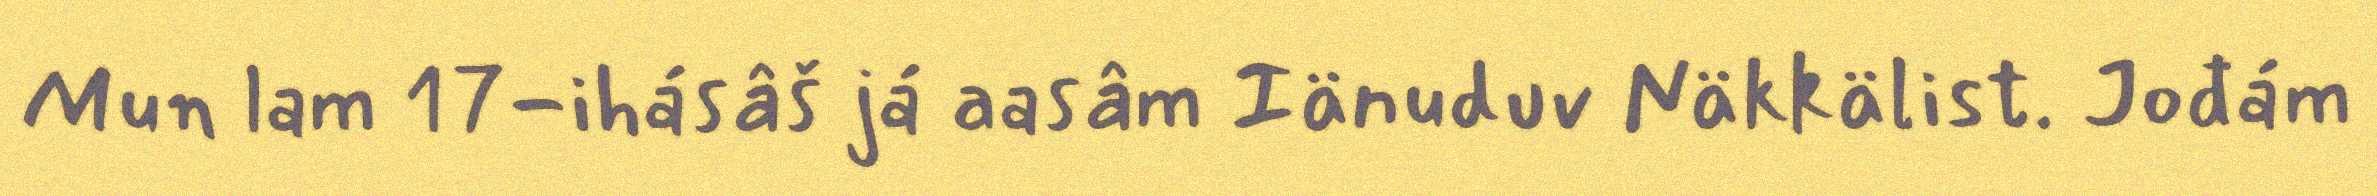
Mun lam 17-ihásâš já aasâm Iänuduv Näkkälist. Jođám